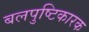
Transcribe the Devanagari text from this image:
बलपुष्टिकारक